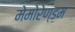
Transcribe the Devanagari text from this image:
मेमोरेण्डम